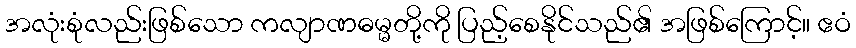
အလုံးစုံလည်းဖြစ်သော ကလျာဏဓမ္မတို့ကို ပြည့်စေနိုင်သည်၏ အဖြစ်ကြောင့်။ ဧဝံ